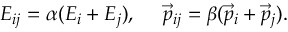
E _ { i j } = \alpha ( E _ { i } + E _ { j } ) , ~ ~ ~ ~ \vec { p } _ { i j } = \beta ( \vec { p } _ { i } + \vec { p } _ { j } ) .